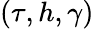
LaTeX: (\tau,h,\gamma)